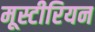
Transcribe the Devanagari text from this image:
मूस्टीरियन